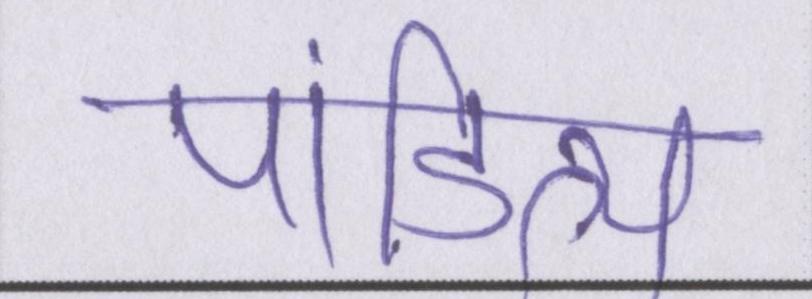
पांडित्य